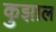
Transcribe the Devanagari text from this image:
कुझाल